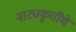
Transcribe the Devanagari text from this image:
नाट्यकृतींचे